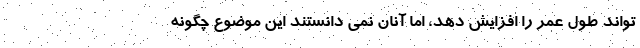
تواند طول عمر را افزایش دهد، اما آنان نمی دانستند این موضوع چگونه